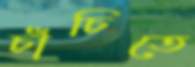
চাঁচিতে